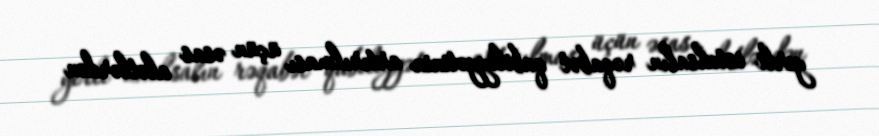
yerli istehsalın rəqabət qabiliyyətinin artırılması üçün əsas alətlərdən